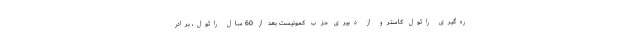
ره‌گیری رائول کاسترو از دبیری حزب کمونیست بعد از 60 سال رائول، برادر